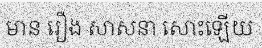
មាន រឿង សាសនា សោះឡើយ